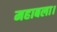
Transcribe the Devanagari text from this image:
महाबला।